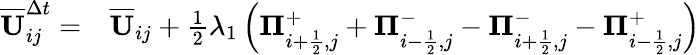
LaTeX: \begin{array}{rl}{\overline{{\mathbf{U}}}_{ij}^{\Delta t}=}&{{}\overline{{\mathbf{U}}}_{ij}+\frac{1}{2}\lambda_{1}\left({\mathbf\Pi}_{i+\frac{1}{2},j}^{+}+{\mathbf\Pi}_{i-\frac{1}{2},j}^{-}-{\mathbf\Pi}_{i+\frac{1}{2},j}^{-}-{\mathbf\Pi}_{i-\frac{1}{2},j}^{+}\right)}\end{array}